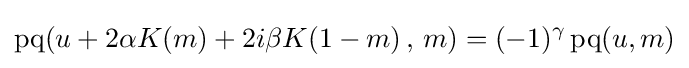
\operatorname {pq} (u+2\alpha K(m)+2i\beta K(1-m)\,,\,m)=(-1)^{\gamma }\operatorname {pq} (u,m)